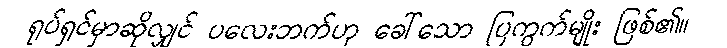
ရုပ်ရှင်မှာဆိုလျှင် ပလေးဘက်ဟု ခေါ်သော ပြကွက်မျိုး ဖြစ်၏။